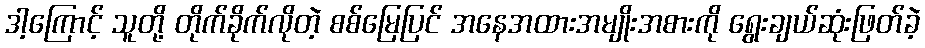
ဒါ့ကြောင့် သူတို့ တိုက်ခိုက်လိုတဲ့ စစ်မြေပြင် အနေအထားအမျိုးအစားကို ရွေးချယ်ဆုံးဖြတ်ခဲ့